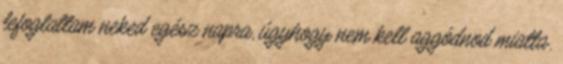
lefoglaltam neked egész napra, úgyhogy nem kell aggódnod miatta.